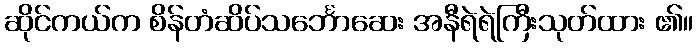
ဆိုင်ကယ်က စိန်တံဆိပ်သင်္ဘောဆေး အနီရဲရဲကြီးသုတ်ထား ၏။